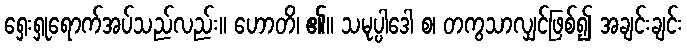
ရှေးရှုရောက်အပ်သည်လည်း။ ဟောတိ၊ ၏။ သမုပ္ပါဒေါ စ၊ တကွသာလျှင်ဖြစ်၍ အချင်းချင်း